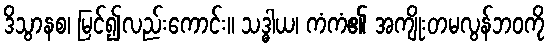
ဒိသွာနစ၊ မြင်၍လည်းကောင်း။ သဒ္ဓါယ၊ ကံကံ၏ အကျိုးတမလွန်ဘဝကို